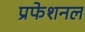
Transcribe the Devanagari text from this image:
प्रफेशनल